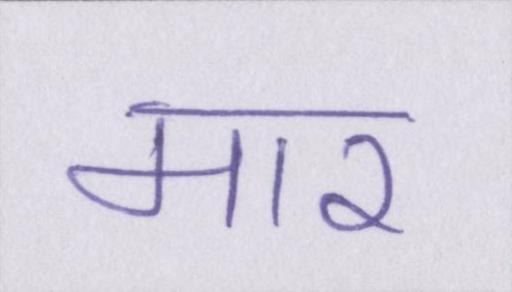
मार